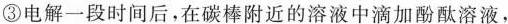
③电解一段时间后，在碳棒附近的溶液中滴加酚酞溶液，